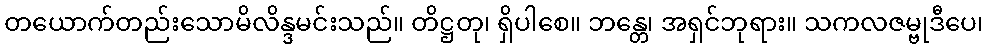
တယောက်တည်းသောမိလိန္ဒမင်းသည်။ တိဋ္ဌတု၊ ရှိပါစေ။ ဘန္တေ၊ အရှင်ဘုရား။ သကလဇမ္ဗုဒီပေ၊